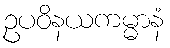
ဥပဝိနယကမ္မာနံ